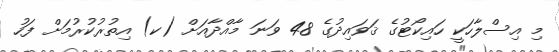
މި އިސްލާހަކީ ހައިކޯޓުގެ ޤަވައިދުގެ 48 ވަނަ މާއްދާއަށް (ކ) އިތުރުކުރުމަށް ފަހު